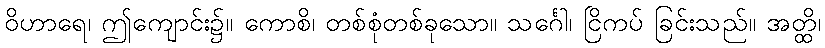
ဝိဟာရေ၊ ဤကျောင်း၌။ ကောစိ၊ တစ်စုံတစ်ခုသော။ သင်္ဂေါ၊ ငြိကပ် ခြင်းသည်။ အတ္ထိ၊